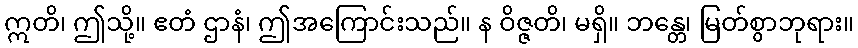
ဣတိ၊ ဤသို့။ ဧတံ ဌာနံ၊ ဤအကြောင်းသည်။ န ဝိဇ္ဇတိ၊ မရှိ။ ဘန္တေ၊ မြတ်စွာဘုရား။